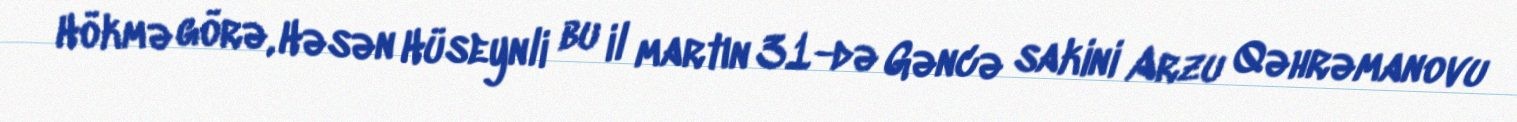
Hökmə görə, Həsən Hüseynli bu il martın 31-də Gəncə sakini Arzu Qəhrəmanovu